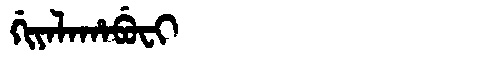
Manchu: ᡤᡳᠶᠠᠯᠠᡥᠠᠪᡠᠸᡳ
Romanization: GIYALAHABUFI